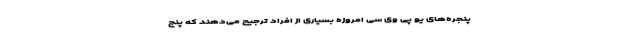
پنجره‌های یو پی وی سی امروزه بسیاری از افراد ترجیح می‌دهند که پنج